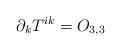
LaTeX: \begin{align*}\partial _{k}T^{ik}=O_{3,3} \end{align*}